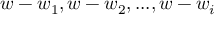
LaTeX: w - w _ { 1 } , w - w _ { 2 } , . . . , w - w _ { i }